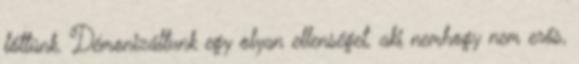
lőttünk. Démonizáltunk egy olyan ellenséget, aki nemhogy nem erős,